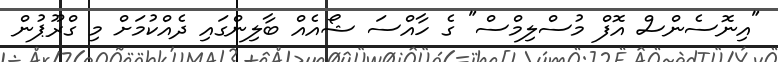
"އިނޮސެންސް އޮފް މުސްލިމްސް" ގެ ހާއްސަ ޝޯއެއް ބާލިންގައި ދެއްކުމަށް މި ގްރޫޕުން